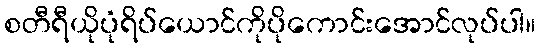
စတီရီယိုပုံရိပ်ယောင်ကိုပိုကောင်းအောင်လုပ်ပါ။